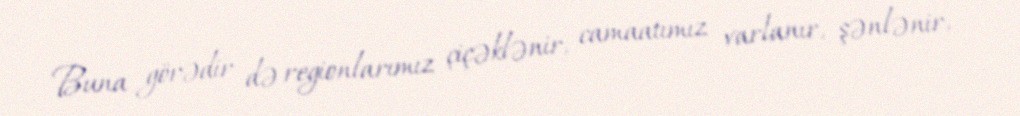
Buna görədir də regionlarımız çiçəklənir, camaatımız varlanır, şənlənir,